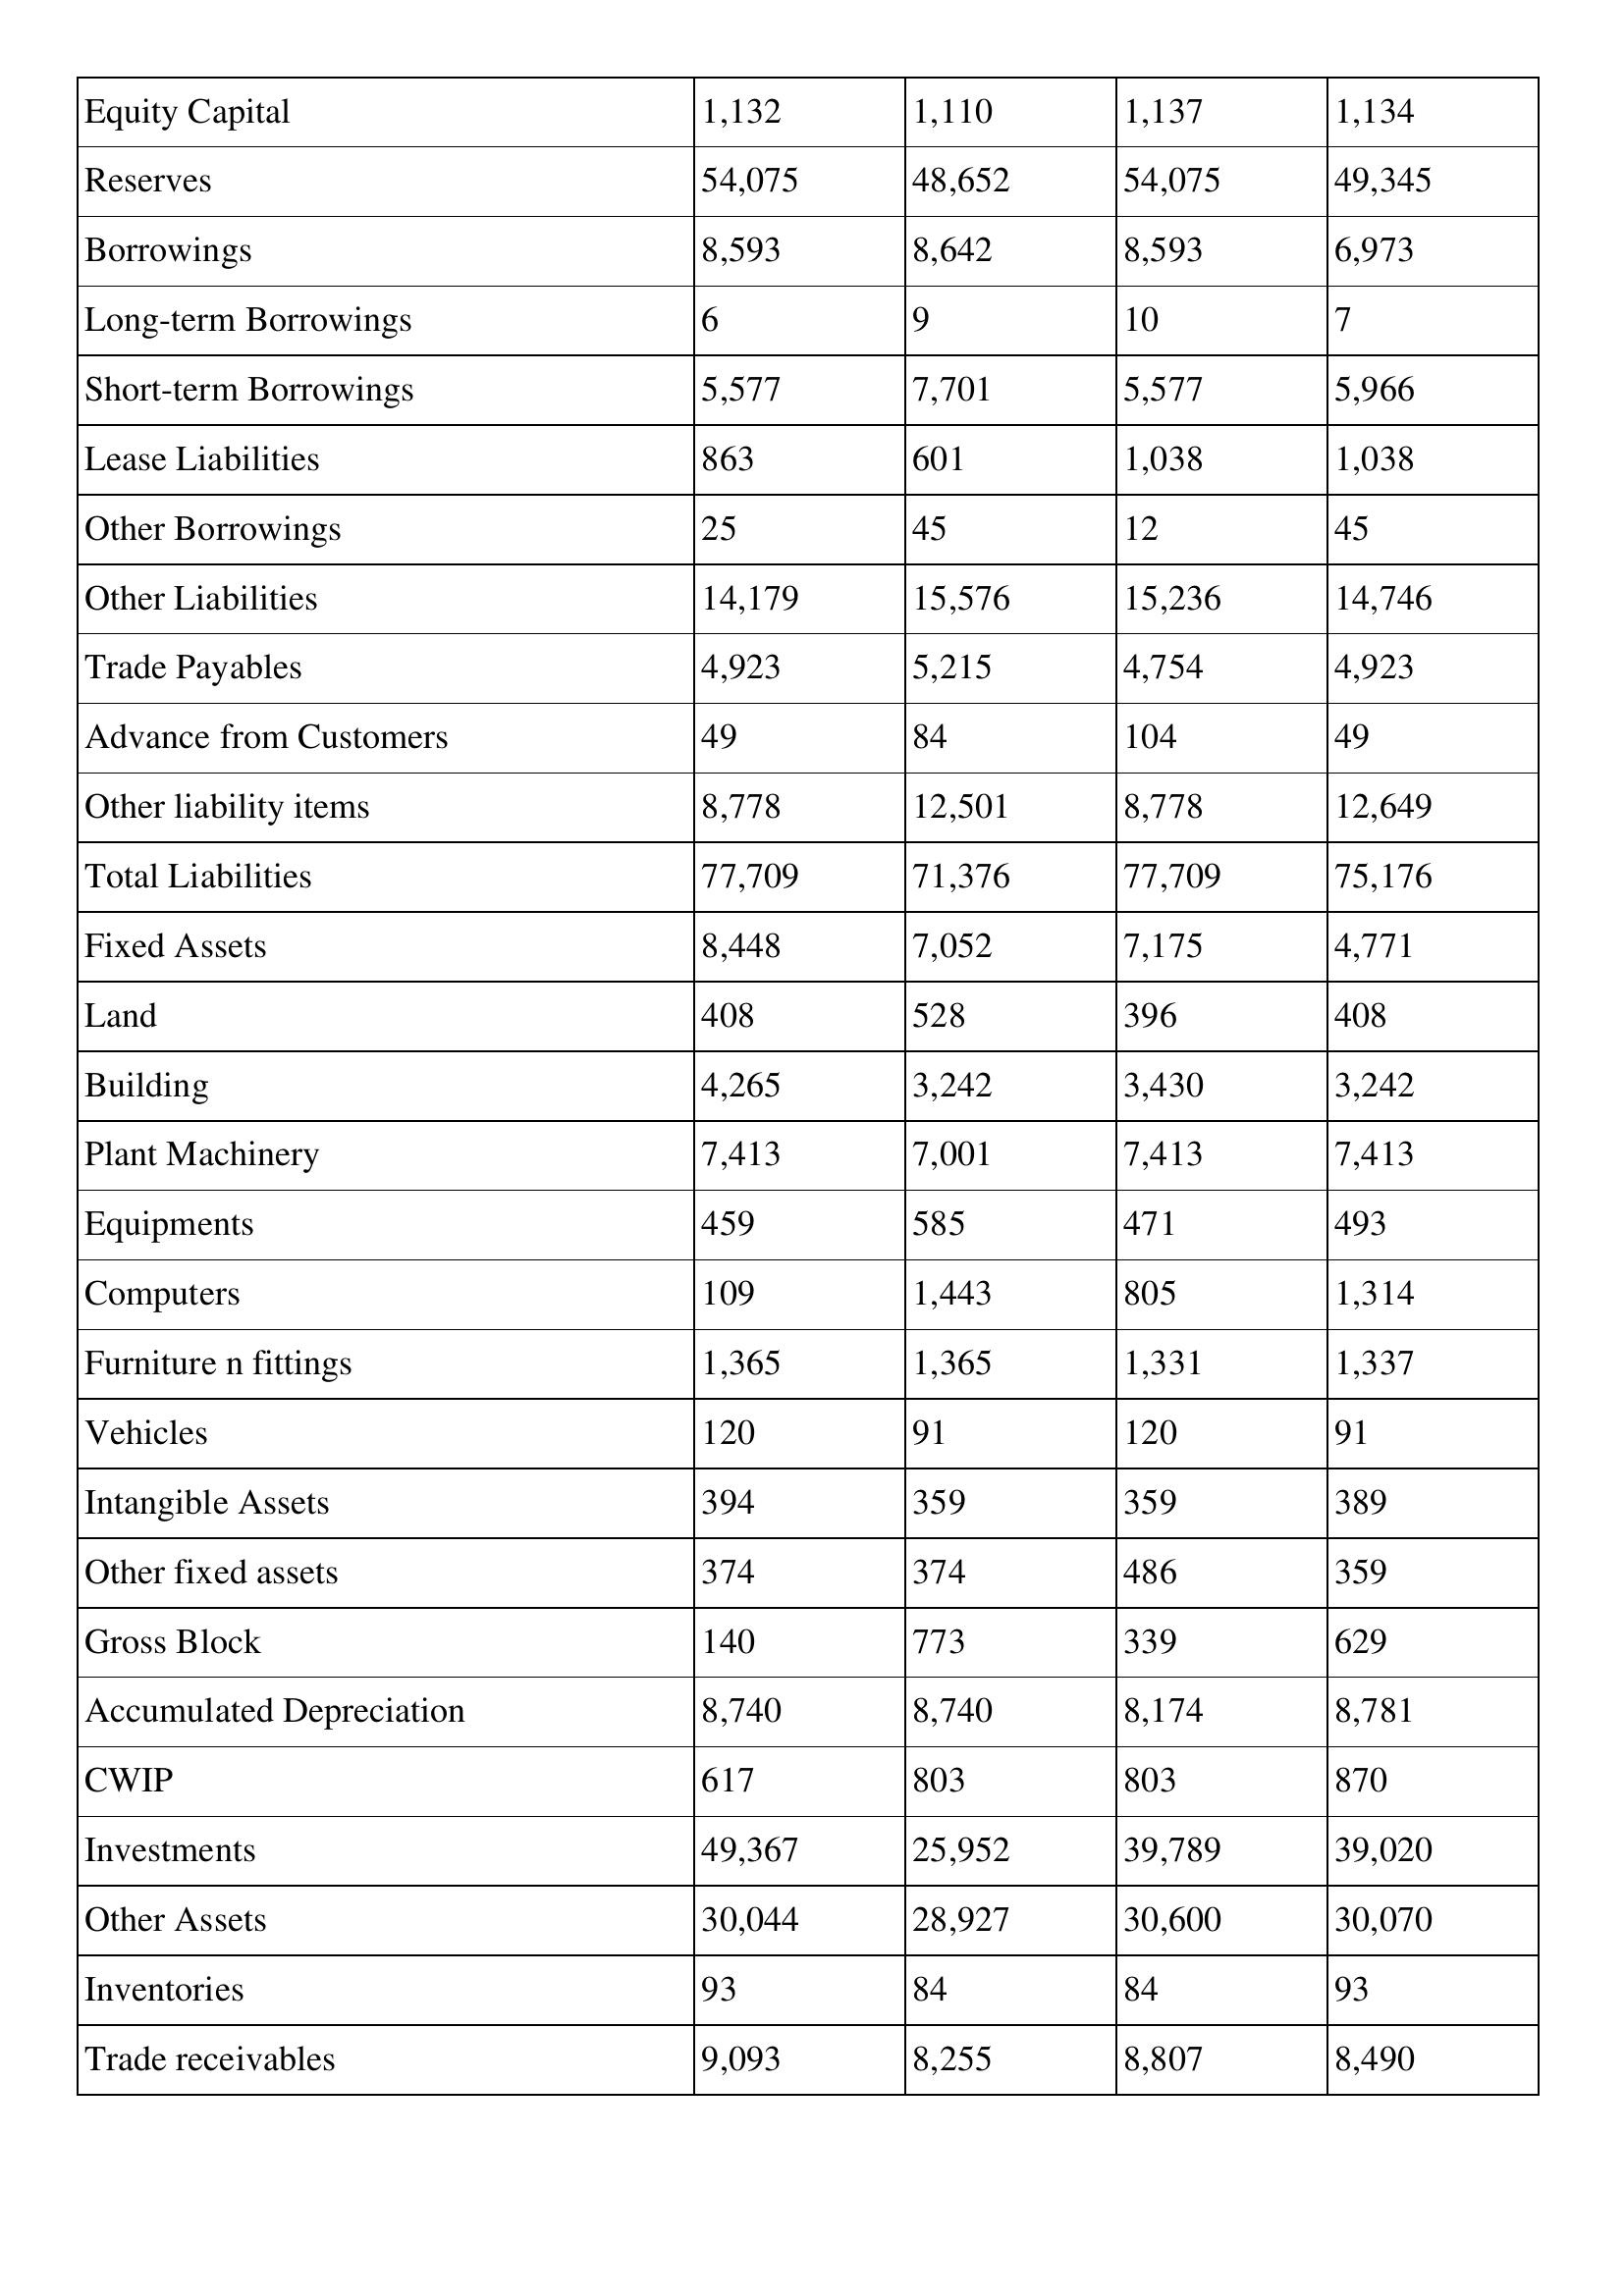
gt_parse: 2007: Balance Sheet: Equity Capital: 1,132
Reserves: 54,075
Borrowings: 8,593
Long-term Borrowings: 6
Short-term Borrowings: 5,577
Lease Liabilities: 863
Other Borrowings: 25
Other Liabilities: 14,179
Trade Payables: 4,923
Advance from Customers: 49
Other liability items: 8,778
Total Liabilities: 77,709
Fixed Assets: 8,448
Land: 408
Building: 4,265
Plant Machinery: 7,413
Equipments: 459
Computers: 109
Furniture n fittings: 1,365
Vehicles: 120
Intangible Assets: 394
Other fixed assets: 374
Gross Block: 140
Accumulated Depreciation: 8,740
CWIP: 617
Investments: 49,367
Other Assets: 30,044
Inventories: 93
Trade receivables: 9,093
2006: Balance Sheet: Equity Capital: 1,110
Reserves: 48,652
Borrowings: 8,642
Long-term Borrowings: 9
Short-term Borrowings: 7,701
Lease Liabilities: 601
Other Borrowings: 45
Other Liabilities: 15,576
Trade Payables: 5,215
Advance from Customers: 84
Other liability items: 12,501
Total Liabilities: 71,376
Fixed Assets: 7,052
Land: 528
Building: 3,242
Plant Machinery: 7,001
Equipments: 585
Computers: 1,443
Furniture n fittings: 1,365
Vehicles: 91
Intangible Assets: 359
Other fixed assets: 374
Gross Block: 773
Accumulated Depreciation: 8,740
CWIP: 803
Investments: 25,952
Other Assets: 28,927
Inventories: 84
Trade receivables: 8,255
2005: Balance Sheet: Equity Capital: 1,137
Reserves: 54,075
Borrowings: 8,593
Long-term Borrowings: 10
Short-term Borrowings: 5,577
Lease Liabilities: 1,038
Other Borrowings: 12
Other Liabilities: 15,236
Trade Payables: 4,754
Advance from Customers: 104
Other liability items: 8,778
Total Liabilities: 77,709
Fixed Assets: 7,175
Land: 396
Building: 3,430
Plant Machinery: 7,413
Equipments: 471
Computers: 805
Furniture n fittings: 1,331
Vehicles: 120
Intangible Assets: 359
Other fixed assets: 486
Gross Block: 339
Accumulated Depreciation: 8,174
CWIP: 803
Investments: 39,789
Other Assets: 30,600
Inventories: 84
Trade receivables: 8,807
2004: Balance Sheet: Equity Capital: 1,134
Reserves: 49,345
Borrowings: 6,973
Long-term Borrowings: 7
Short-term Borrowings: 5,966
Lease Liabilities: 1,038
Other Borrowings: 45
Other Liabilities: 14,746
Trade Payables: 4,923
Advance from Customers: 49
Other liability items: 12,649
Total Liabilities: 75,176
Fixed Assets: 4,771
Land: 408
Building: 3,242
Plant Machinery: 7,413
Equipments: 493
Computers: 1,314
Furniture n fittings: 1,337
Vehicles: 91
Intangible Assets: 389
Other fixed assets: 359
Gross Block: 629
Accumulated Depreciation: 8,781
CWIP: 870
Investments: 39,020
Other Assets: 30,070
Inventories: 93
Trade receivables: 8,490